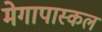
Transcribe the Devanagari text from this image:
मेगापास्कल